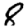
Digit: 8